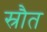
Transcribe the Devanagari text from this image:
स्रौत